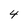
Character: 4